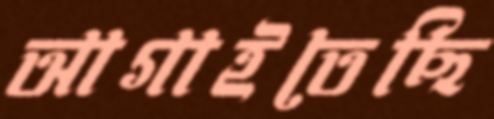
আগাইতেছি